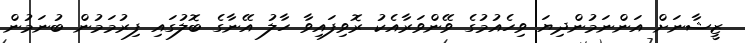
ޒީޝާނަށް އަންނަމުންދިޔަ ވިހެއުމުގެ ވޭންވަރާއެކު ރޮވިފައިވާ ހާލު އޭނާގެ ބޮލުގައި ފިރުމަމުން ބުނަމުން